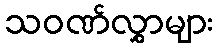
သဝဏ်လွှာများ